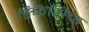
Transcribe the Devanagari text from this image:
डिफेंसिव्ह